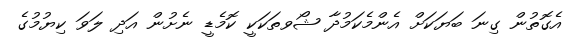
އެގޮތުން ގިނަ ބަޔަކަށް އެންމެކަމުދާ ޝޯވތަކަކީ ކޮމެޑީ ނެށުން އަދި ލަވަ ކިޔުމުގެ